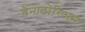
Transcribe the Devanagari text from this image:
वेनाटोरिअम